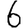
Digit: 6